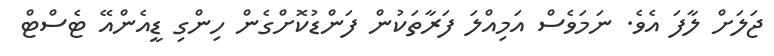
ޖަލަށް ލާފަ އެވެ. ނަމަވެސް އަމިއްލަ ފަރާތަކުން ފަންޑުކޮށްގެން ހިންގި ޑީއެންއޭ ޓެސްޓް